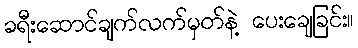
ခရီးဆောင်ချက်လက်မှတ်နဲ့ ပေးချေခြင်း။